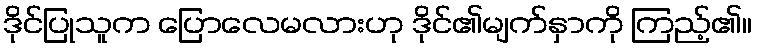
ဒိုင်ပြုသူက ပြောလေမလားဟု ဒိုင်၏မျက်နှာကို ကြည့်၏။